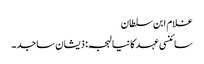
غلام ابن سلطان
سائنسی عہد کا نیا لہجہ: ذیشان ساجد ۔